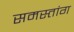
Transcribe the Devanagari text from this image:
समस्तांग